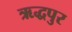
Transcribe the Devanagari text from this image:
ऋद्धपुर